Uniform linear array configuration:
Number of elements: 16
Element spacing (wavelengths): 0.25
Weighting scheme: hamming
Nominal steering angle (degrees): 30
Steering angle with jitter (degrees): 29.535
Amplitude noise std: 0.05
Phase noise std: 0.05

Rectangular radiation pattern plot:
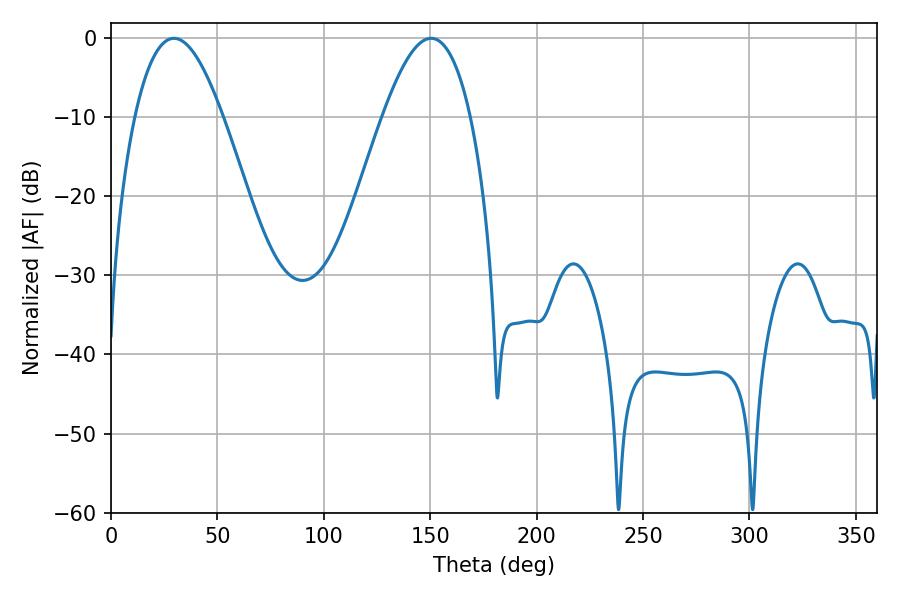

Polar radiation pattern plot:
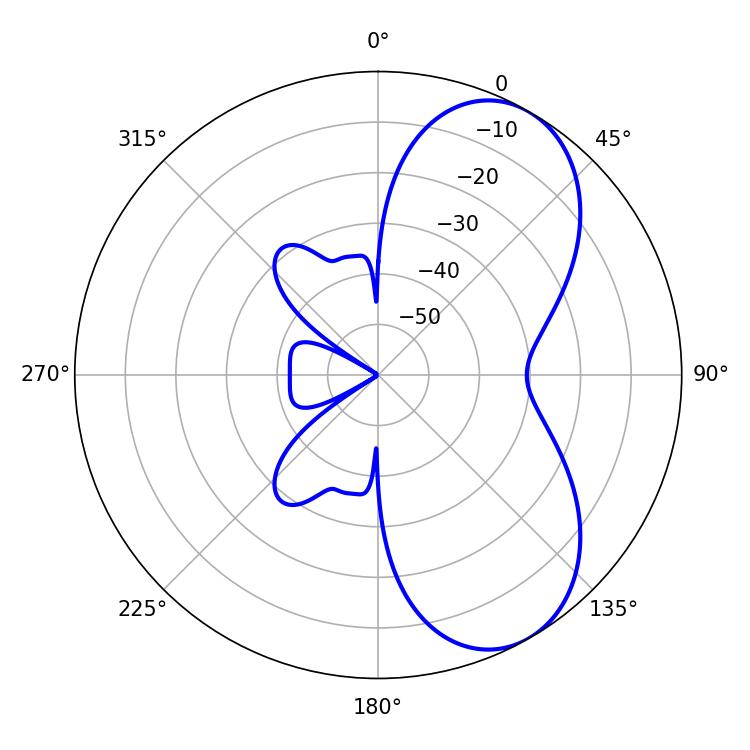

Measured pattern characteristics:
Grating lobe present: FALSE
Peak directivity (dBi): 6.638
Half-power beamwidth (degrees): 22.68
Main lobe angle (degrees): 29.52